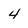
Character: 4